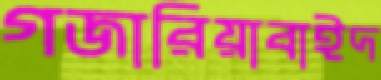
গজারিয়াবাইদ